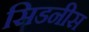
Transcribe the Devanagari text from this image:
सिडनीस